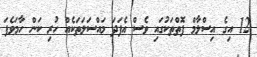
12 އިގެ އިސްލާމް ފޮތްތަކުގައި ވެސް އެފަދަ މައްސަލަތަކެއް ހުރި ކަން ހާމަވެފަ